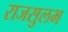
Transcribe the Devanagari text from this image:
राजसुलभ